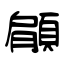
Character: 顅